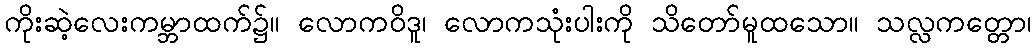
ကိုးဆဲ့လေးကမ္ဘာထက်၌။ လောကဝိဒူ၊ လောကသုံးပါးကို သိတော်မူထသော။ သလ္လကတ္တော၊